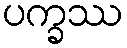
ပက္ခဿ